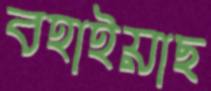
বহাইয়াছ